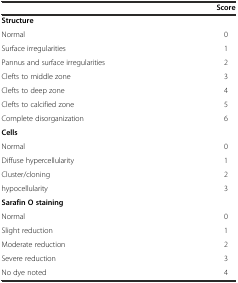
|  | Score |
 | --- | --- |
 | Structure |  |
 | Normal | 0 |
 | Surface irregularities | 1 |
 | Pannus and surface irregularities | 2 |
 | Clefts to middle zone | 3 |
 | Clefts to deep zone | 4 |
 | Clefts to calcified zone | 5 |
 | Complete disorganization | 6 |
 | Cells |  |
 | Normal | 0 |
 | Diffuse hypercellularity | 1 |
 | Cluster/cloning | 2 |
 | hypocellularity | 3 |
 | Sarafin O staining |  |
 | Normal | 0 |
 | Slight reduction | 1 |
 | Moderate reduction | 2 |
 | Severe reduction | 3 |
 | No dye noted | 4 |